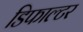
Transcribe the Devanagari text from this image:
डिफाल्टर